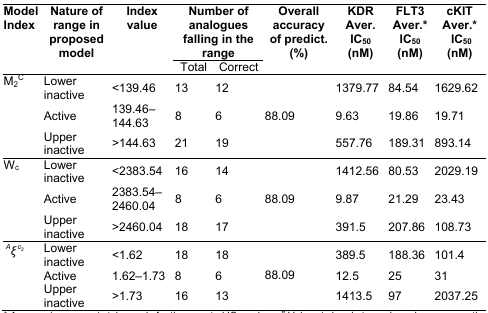
<table><thead><tr><td rowspan="2"><b>Model Index</b></td><td rowspan="2"><b>Nature of range in proposed model</b></td><td rowspan="2"><b>Index value</b></td><td colspan="2"><b>Number of analogues falling in the range</b></td><td rowspan="2"><b>Overall accuracy of predict. (%)</b></td><td rowspan="2"><b>KDR Aver. IC<sub>50</sub> (nM)</b></td><td rowspan="2"><b>FLT3 Aver.* IC<sub>50</sub> (nM)</b></td><td rowspan="2"><b>cKIT Aver.* IC<sub>50</sub> (nM)</b></td></tr><tr><td><b>Total</b></td><td><b>Correct</b></td></tr></thead><tbody><tr><td>M<sub>2</sub><sup>C</sup></td><td>Lower inactive</td><td>&lt;139.46</td><td>13</td><td>12</td><td></td><td>1379.77</td><td>84.54</td><td>1629.62</td></tr><tr><td></td><td>Active</td><td>139.46–144.63</td><td>8</td><td>6</td><td>88.09</td><td>9.63</td><td>19.86</td><td>19.71</td></tr><tr><td></td><td>Upper inactive</td><td>&gt;144.63</td><td>21</td><td>19</td><td></td><td>557.76</td><td>189.31</td><td>893.14</td></tr><tr><td>W<sub>c</sub></td><td>Lower inactive</td><td>&lt;2383.54</td><td>16</td><td>14</td><td></td><td>1412.56</td><td>80.53</td><td>2029.19</td></tr><tr><td></td><td>Active</td><td>2383.54–2460.04</td><td>8</td><td>6</td><td>88.09</td><td>9.87</td><td>21.29</td><td>23.43</td></tr><tr><td></td><td>Upper inactive</td><td>&gt;2460.04</td><td>18</td><td>17</td><td></td><td>391.5</td><td>207.86</td><td>108.73</td></tr><tr><td><i><sup>A</sup>ξ<sup>c</sup></i><sup><sub>2</sub></sup></td><td>Lower inactive</td><td>&lt;1.62</td><td>18</td><td>18</td><td></td><td>389.5</td><td>188.36</td><td>101.4</td></tr><tr><td></td><td>Active</td><td>1.62–1.73</td><td>8</td><td>6</td><td>88.09</td><td>12.5</td><td>25</td><td>31</td></tr><tr><td></td><td>Upper inactive</td><td>&gt;1.73</td><td>16</td><td>13</td><td></td><td>1413.5</td><td>97</td><td>2037.25</td></tr></tbody></table>